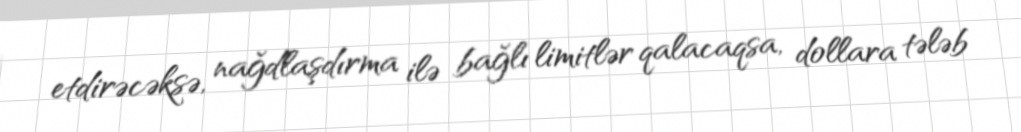
etdirəcəksə, nağdlaşdırma ilə bağlı limitlər qalacaqsa, dollara tələb